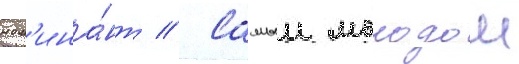
ном'ина́нт // Самыи молодои